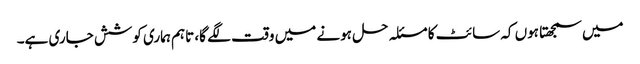
میں سمجھتا ہوں کہ سائٹ کا مسئلہ حل ہونے میں وقت لگے گا، تاہم ہماری کوشش جاری ہے۔